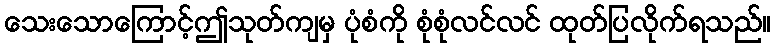
သေးသောကြောင့်ဤသုတ်ကျမှ ပုံစံကို စုံစုံလင်လင် ထုတ်ပြလိုက်ရသည်။